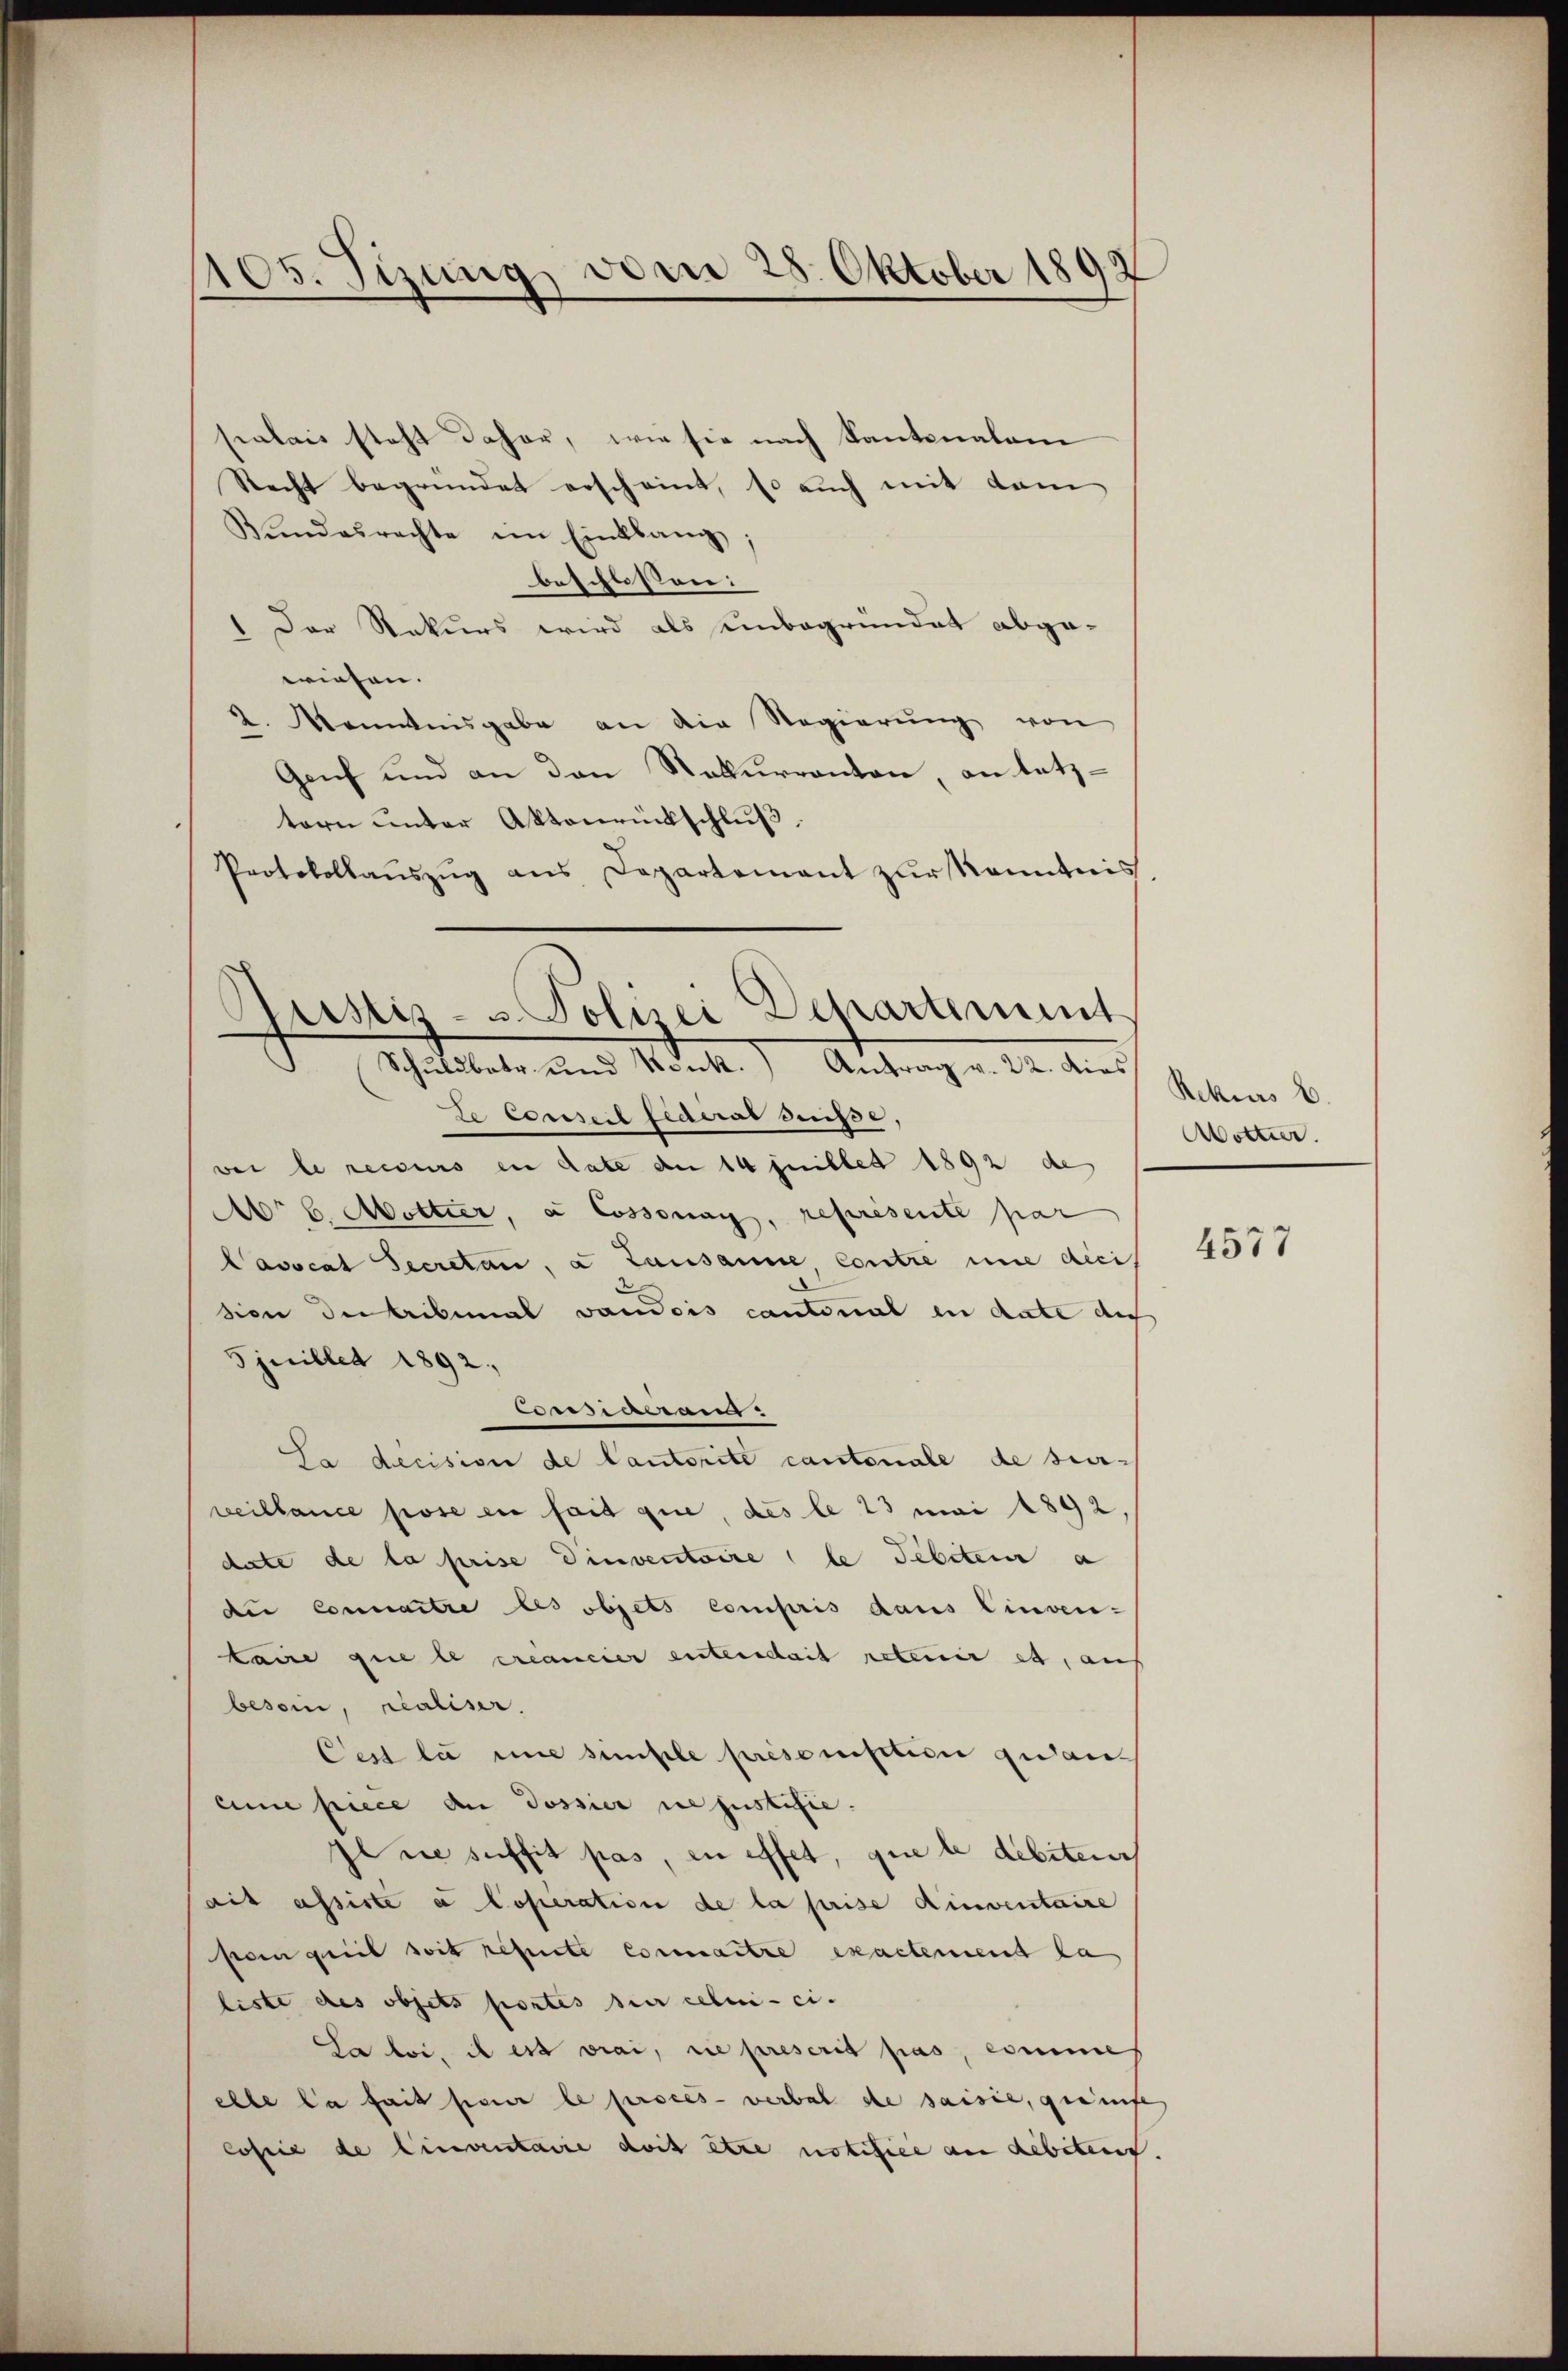
105. Tizung, vom 28. Oktober 1892

palais steht daher, wie sie nach Kantonalan
Recht begründet erscheint, so auch mit dem
Bundesrechte im Einklang;
beschlossen:
Der Rekurs wird als einbegründet abge-
wiesen. |
2. Manntnisgabe an die Regierŭng von
Genf und an den Rekurranten, an letztern unter Aktenrückschlŭβ
Protokollaŭszŭg ans Departement zŭr Kenntnis

Rustiz- & Polizei Departement
Schattet, und Sankt.) Antrang u. da durch selben b

te Conseil federat Suisse,
wei le recours in date an 14 juillet 1892 de
Abr 6. Mottier, à Cossonay, représente par
Cavocat Secretär, a Lausanne contre une dici
sion der tribunal vandis cantonal in date auch
5juillet 1892.
Fossieren
La decision de Cantorité cantonale de ser-
veillance pose en fait que, des le 23 mai 1892
date de la prise einventaire le debeten a
di Connaitre les objets compris daus Einven-
taine que le créancier entendait rotenir es, auf
besoin, realiser.
Cest la mine simple présomption quaneine piece an Jossier ne justifie
il sie suffit pas, in effet, que le debiteurs
ait assiste a Coperation de la prise dinventaire
pompueil soit reperte connaitre exactement la
liste des objets portés sur celui-ci.
La loi, il est vrai, die prescrit pas, comme
elle la fait pour le procès-verbal de saisie, greift
Copie de linventarie doit être notifice an debetent

Wotter.

4577